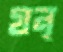
যন্